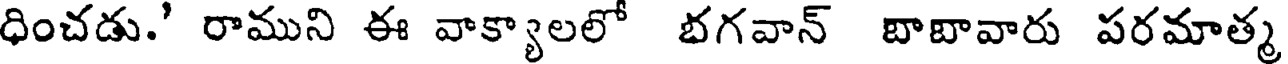
ధించడు.' రాముని ఈ వాక్యాలలో భగవాన్ బాబావారు పరమాత్మ